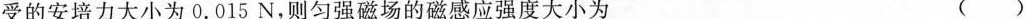
受的安培力大小为0.015N，则匀强磁场的磁感应强度大小为 ()